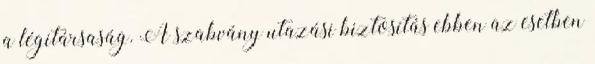
a légitársaság. A szabvány utazási biztosítás ebben az esetben